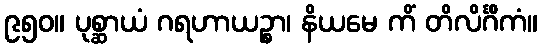
၉၅၀။ ပုစ္ဆာယံ ဂရဟာယဉ္စာ၊ နိယမေ ကိံ တိလိင်္ဂိကံ။